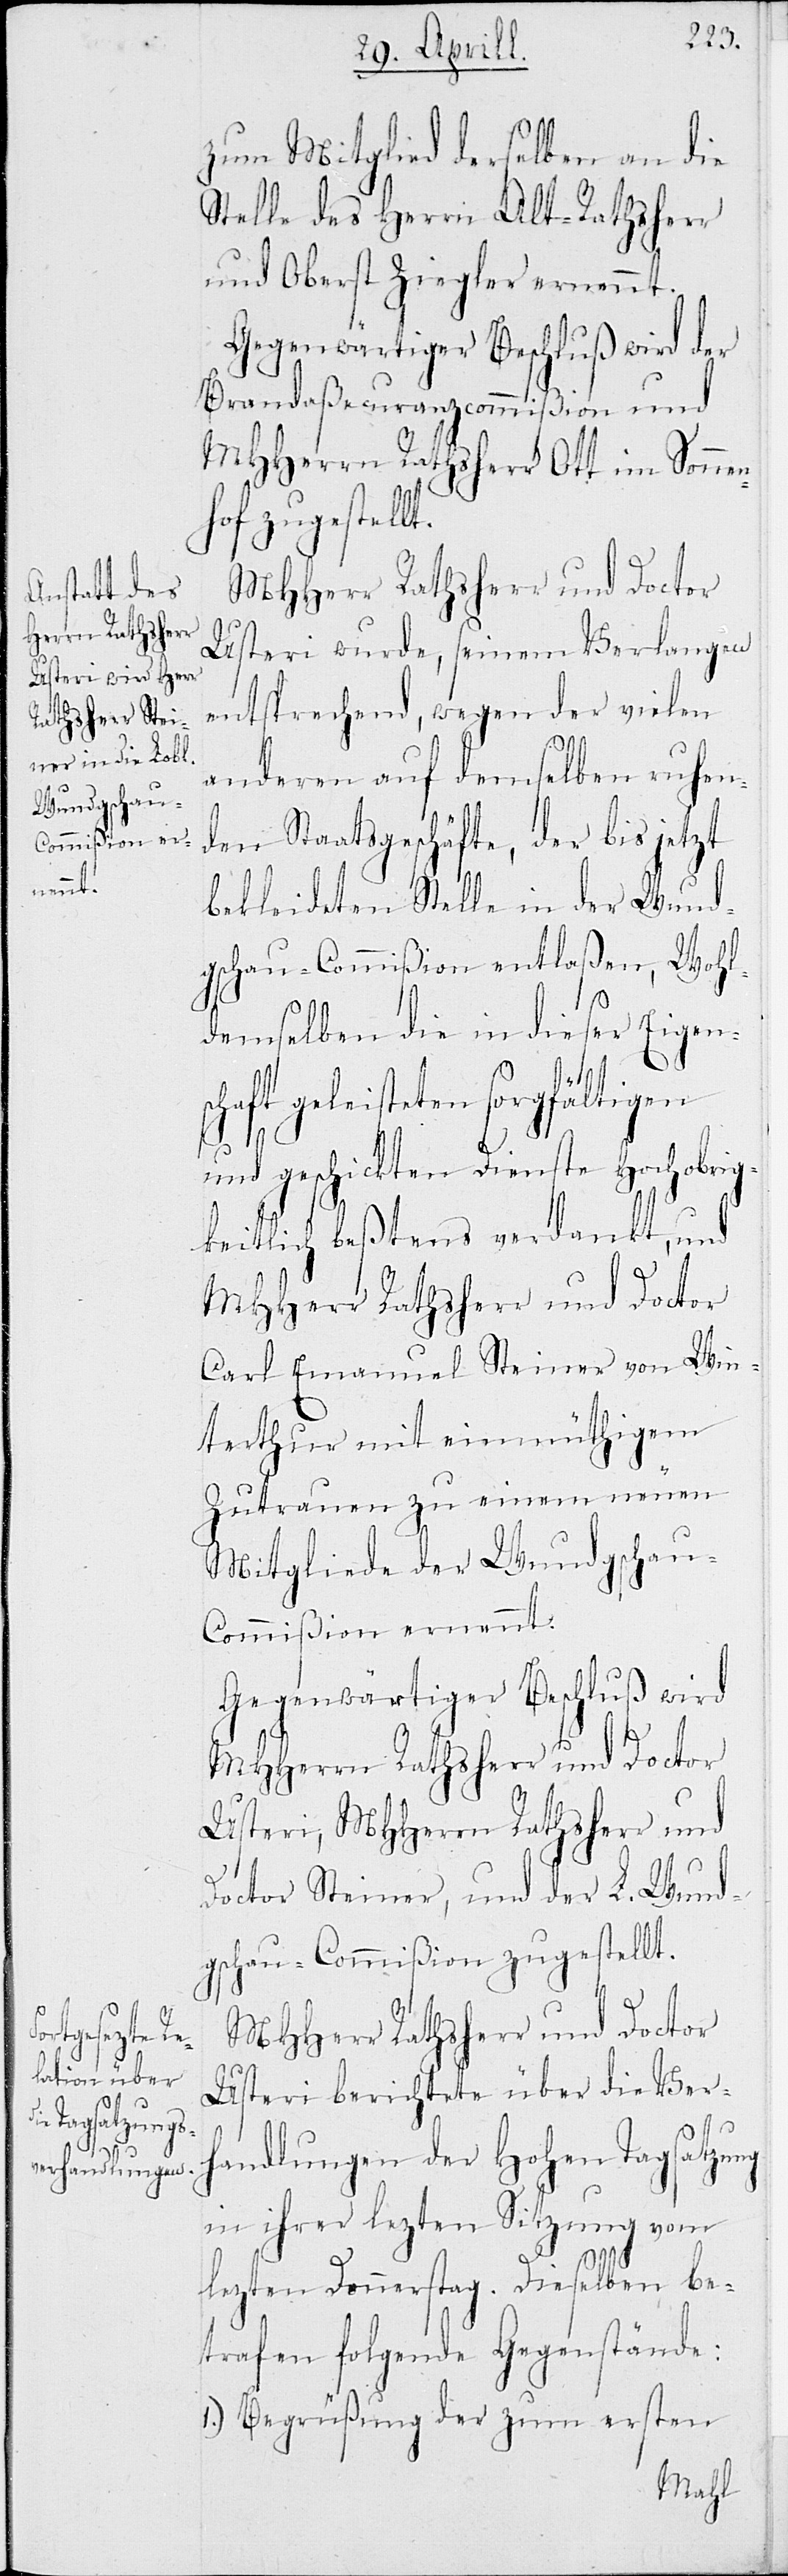
t.

zum Mitglied derselben an die
Stelle des Herrn Alt-Rathsherr
und Oberst Ziegler ernannt.
Gegenwärtiger Beschluß wird der
Brandaßecuranzcommißion und
MHHerrn Rathsherr Ott im Sonne¬
f zugestell¬
MHHerr Rathsherr und Doctor
Usteri wurde, seinem Verlangen
entsprechend, wegen der vielen
anderen auf demselben ruhen¬
den Staatsgeschäfte, der bis jetzt
bekleideten Stelle in der Wund¬
gschau-Commißion entlaßen, Wohl¬
demselben die in dieser Eigensc¬
haft geleisteten sorgfältigen
und geschickten Dienste Hochobrig¬
keitlich beßtens verdankt, und
MHHerr Rathsherr und Doctor
Carl Emanuel Steiner von Win¬
terthur mit einmüthigem
Zutrauen zu einem neuen
Mitglied der Wundgscha¬
u-Commißion ernannt.
Gegenwärtiger Beschluß wird
MHHerrn Rathsherr und Doctor
Usteri, MHHerrn Rathsherr und
Doctor Steiner, und der L. Wund¬
gschau-Commißion zugestellt.
Usteri berichtete über die Ver¬
handlungen der Hohen Tagsatzung
in ihrer lezten Sitzung vom
lezten Donnerstag. Dieselben be¬
trafen folgenden Gegenstände:
1.) Begrüßung der zum ersten